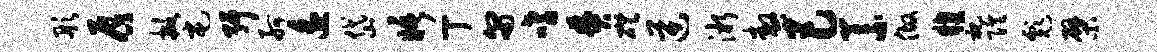
彤唇掀屯弭舸遥岱晤丁匍嗜焚磴逆淅嗷巴义做糗祀隍彪檗